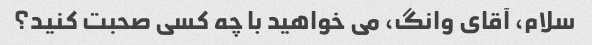
سلام، آقای وانگ، می خواهید با چه کسی صحبت کنید؟